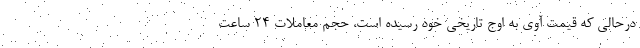
درحالی که قیمت آوی به اوج تاریخی خود رسیده است، حجم معاملات ۲۴ ساعت